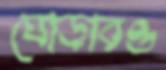
ঘোড়ারও